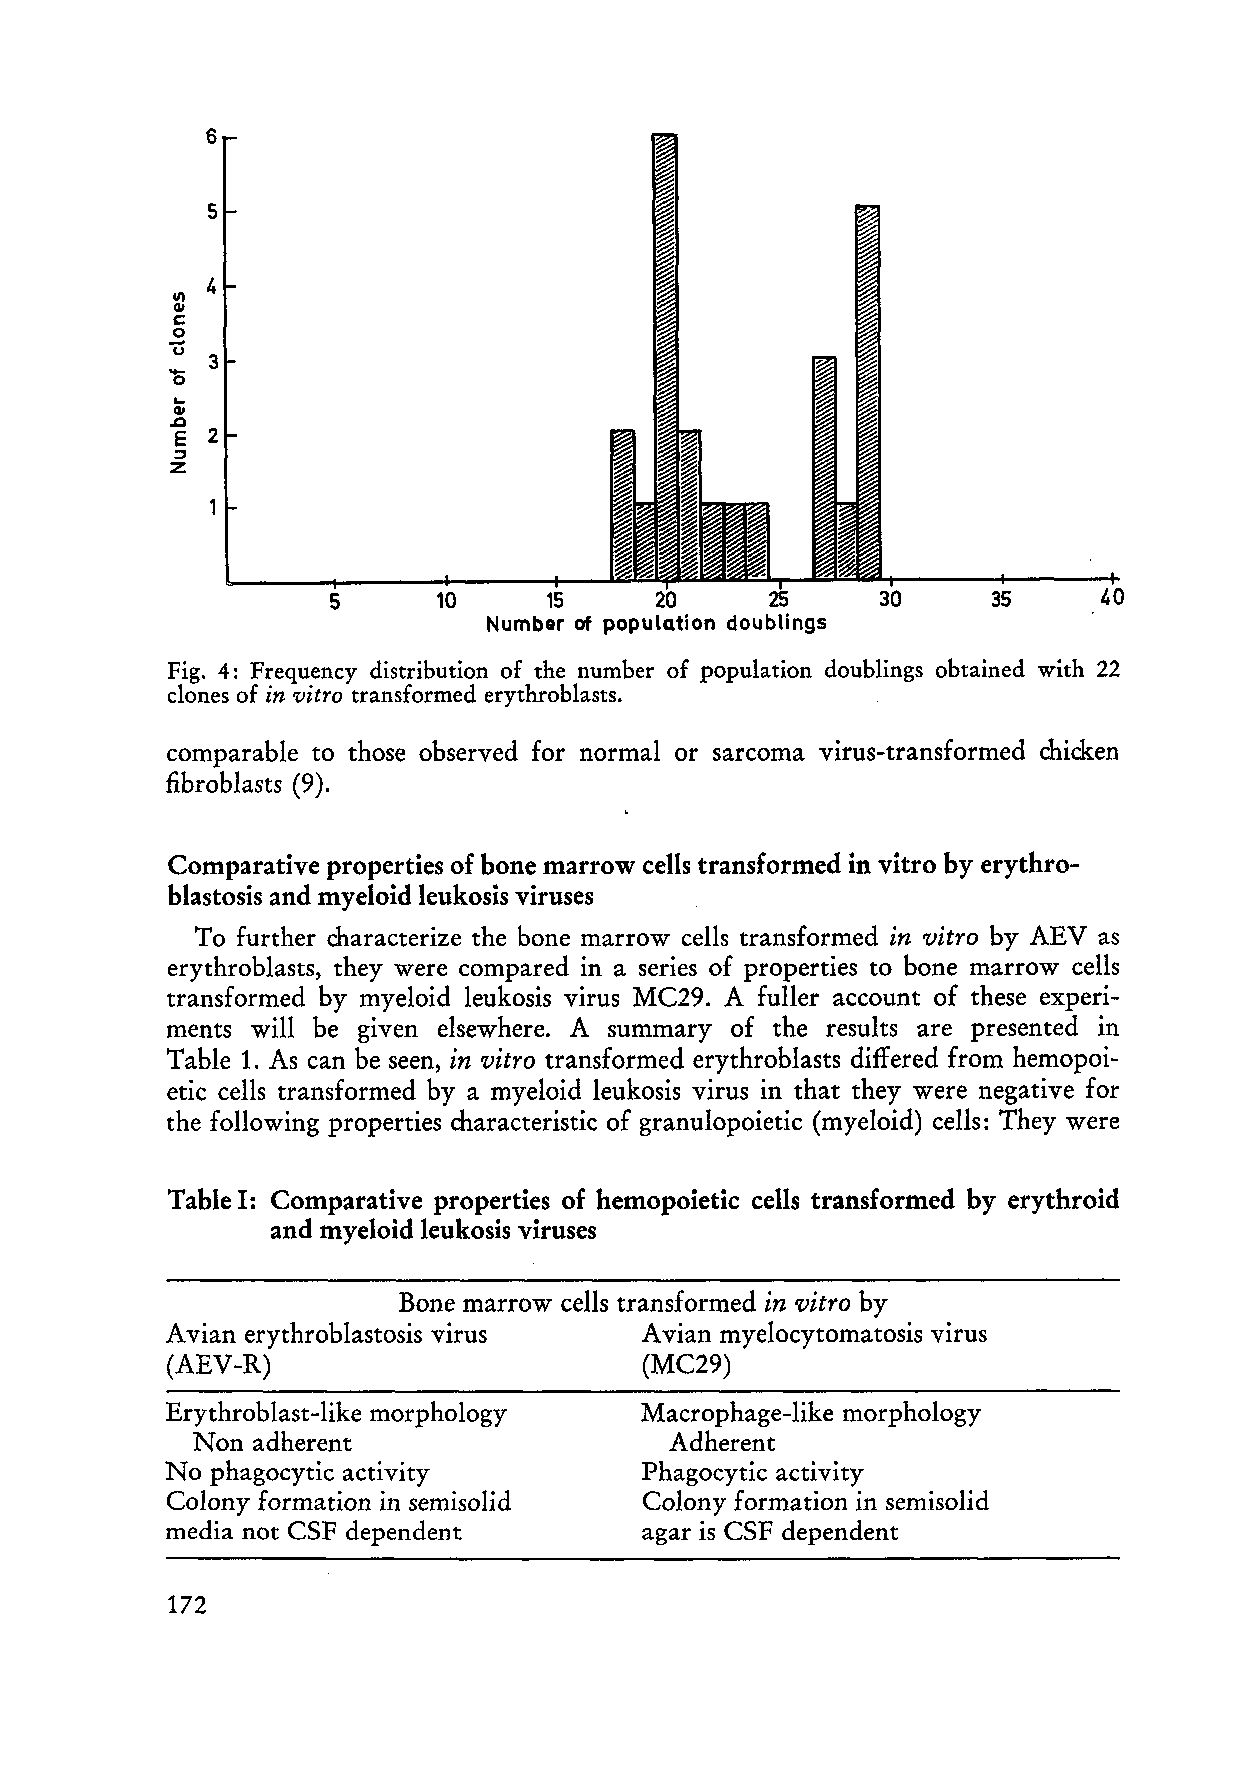
6
 5
 4
 111
 GI
 c:
 0
 Ü-
 3
 0.. .
 GI
 .0
 E 2
 ;:,
 z
 5      10     15                            35     40
 Number of population doublings
 Fig. 4: Frequency distribution of the number of population doublings obtained with 22
 clones of in vitro transformed erythroblasts.  .
 comparable to those observed for normal or sarcoma virus-transformed chicken
 fibroblasts (9).
 Comparative properties of hone marrow cells transformed in vitro hy erythro
 hlastosis and myeloid leukosis viruses
 To further characterize the bone marrow cells transformed in vitra by AEV as
 erythroblasts, they were compared in aseries of properties to bone marrow cells
 transformed by myeloid leukosis virus MC29. A fuller account of these experi
 ments will be given elsewhere. A summary of the results are presented in
 Table 1. As can be seen, in vitro transformed erythroblasts differed from hemopoi
 etic cells transformed by a myeloid leukosis virus in that they were negative for
 the following properties characteristic of granulopoietic (myeloid) cells: They were
 Table I: Comparative properties of hemopoietic cells transformed by erythroid
 and myeloid leukosis viruses
 Bone marrow cells transformed in vitro by
 A vian erythroblastosis virus  A vi an myelocytomatosis virus
 (AEV-R)                        (MC29)
 Erythroblast-like morphology   Macrophage-like morphology
 Non adherent                   Adherent
 No phagocytic activity         Phagocytic activity
 Colony formation in semisolid  Colony formation in semisolid
 media not CSF dependent        agar is CSF dependent
 172